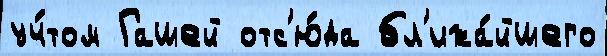
уч́том Гашей отс'ю́да бл'ижа́йшего